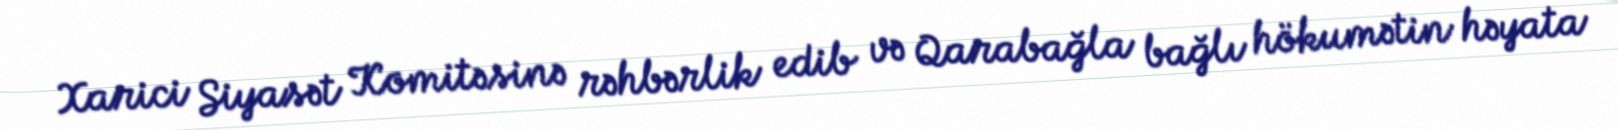
Xarici Siyasət Komitəsinə rəhbərlik edib və Qarabağla bağlı hökumətin həyata